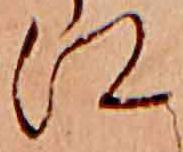
江